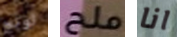
لونج ملح انا